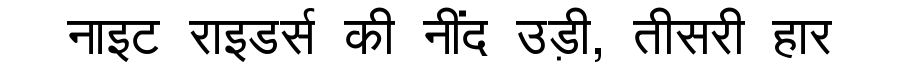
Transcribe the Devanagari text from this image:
नाइट राइडर्स की नींद उड़ी, तीसरी हार